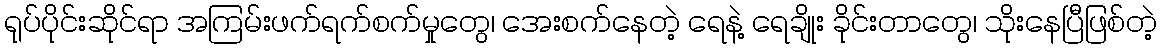
ရုပ်ပိုင်းဆိုင်ရာ အကြမ်းဖက်ရက်စက်မှုတွေ၊ အေးစက်နေတဲ့ ရေနဲ့ ရေချိုး ခိုင်းတာတွေ၊ သိုးနေပြီဖြစ်တဲ့